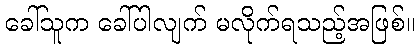
ခေါ်သူက ခေါ်ပါလျက် မလိုက်ရသည့်အဖြစ်။